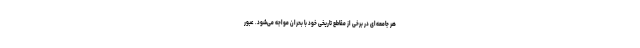
هر جامعه‌ای در برخی از مقاطع تاریخی خود با بحران مواجه می‌شود. عبور